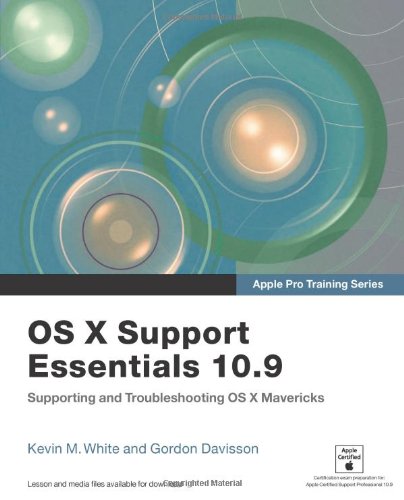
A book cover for Apple Pro Training Series: OS X Support Essentials 10.9: Supporting and Troubleshooting OS X Mavericks; Kevin M. White; Computers & Technology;